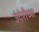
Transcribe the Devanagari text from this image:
उंदेरीच्या